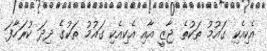
އެކިއެކި ގައުމު ތަކުތެ ޖާޒީ އާއި އެކިއެކި ގައުމު ތަކުގެ ދިދަ ކުރަހާފަ